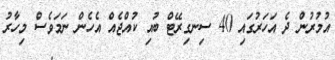
އުމުރުން ދެ އަހަރުގައި 40 ސިނގިރޭޓް ބުއި ކުއްޖެއް އެހެން ނަމަވެސް މިހާރު